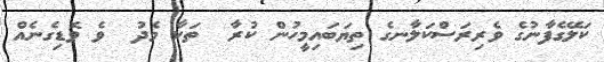
ކަލޭގެފާނުގެ ވެރިރަސްކަލާނގެ ތިޔަބައިމީހުން ކުރާ  ތަކާ މެދު  ވެ ވޮޑިގެނެއް